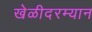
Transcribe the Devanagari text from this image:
खेळीदरम्यान